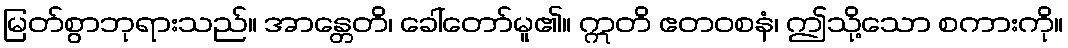
မြတ်စွာဘုရားသည်။ အာန္တေတိ၊ ခေါ်တော်မူ၏။ ဣတိ ဧတဝစနံ၊ ဤသို့သော စကားကို။